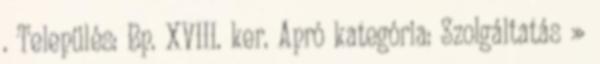
. Település: Bp. XVIII. ker. Apró kategória: Szolgáltatás »